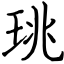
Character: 珧